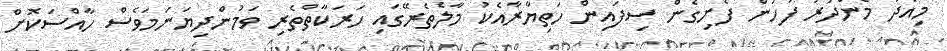
މިއަދު މެންދުރު ފަހުން ފެށިގެން ސިފައިން ހަތިޔާރާއެކު މާލެތެރޭގައި ހަރަކާތްތެރި ވަމުންދިޔަނަމަވެސް ހާއްސަކޮށް